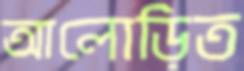
আলোড়িত